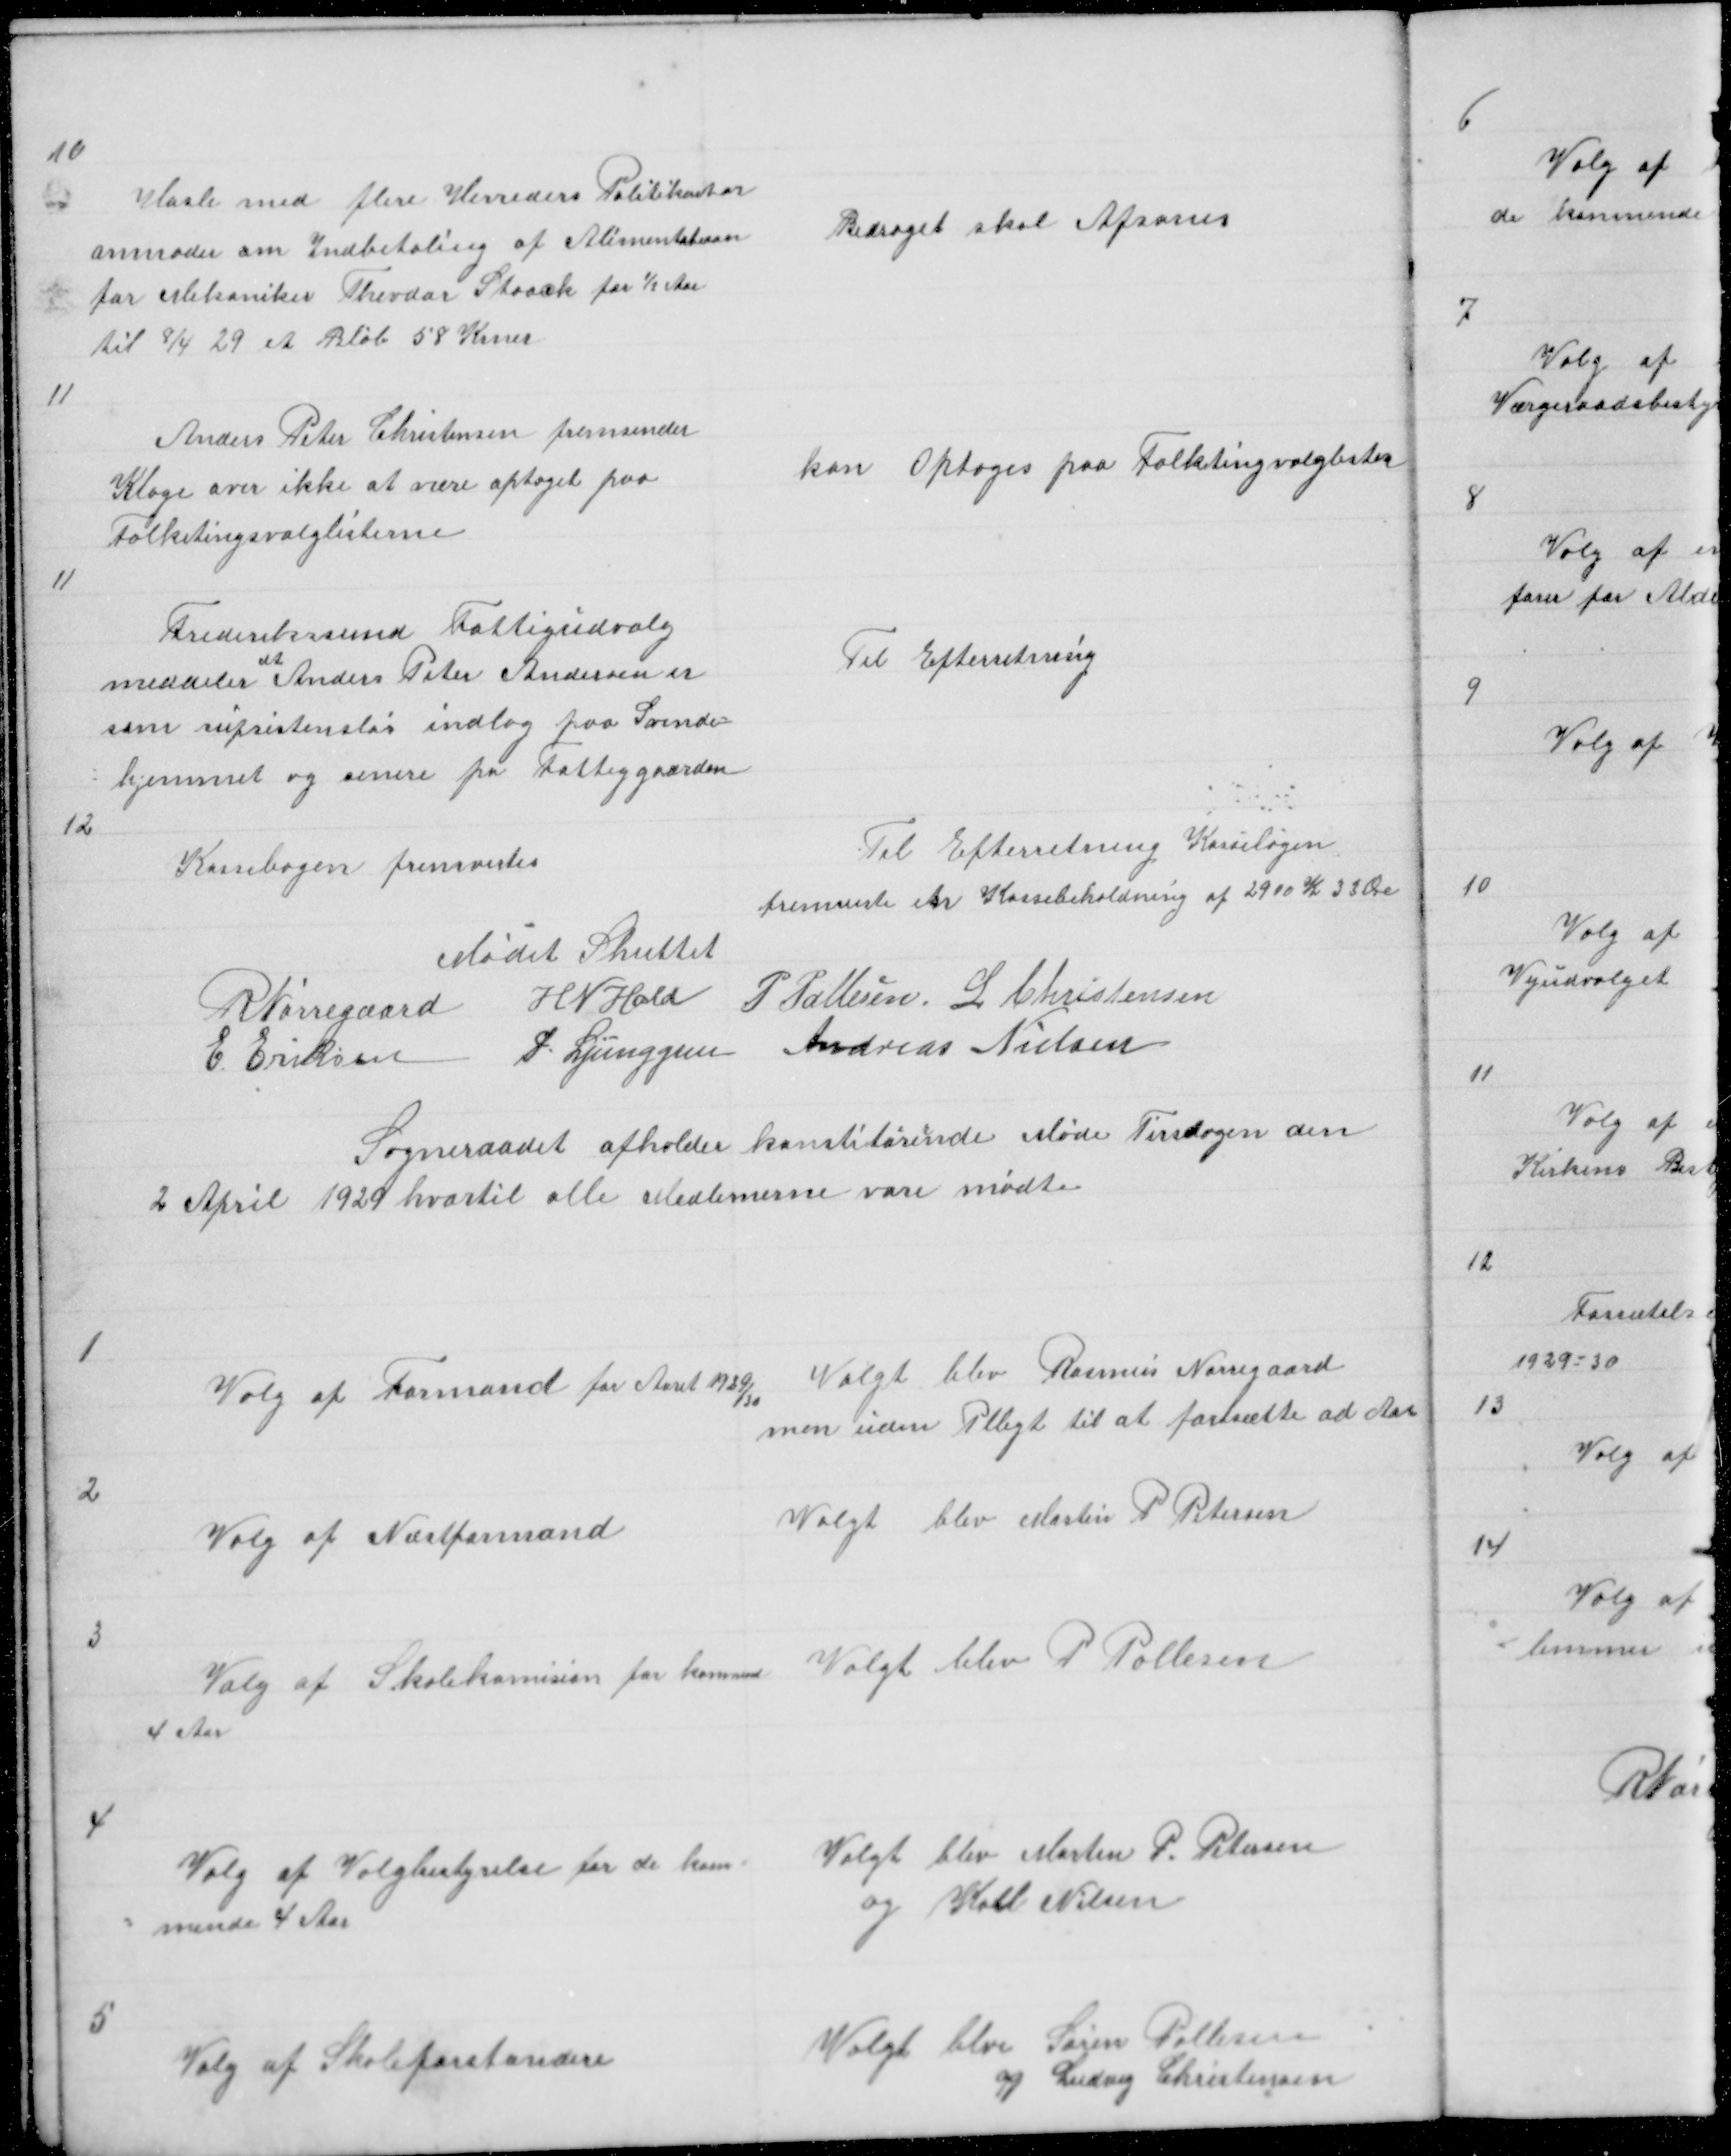
Transskription:
10

Hasle med flere Herreders Politikontor
anmoder om Indbetaling af Alimentation
for Mekaniker Tevdor Staack for ½ Aar
til 8/4 29 et Beløb  58 Krner

Bidraget skal Afsones

11

Anders Peter Christensen fremsender
Klage over ikke at være optaget paa
Folketingsvalglisterne

kan Optages paa Folketingsvalglisten

11

Frederiksund Fattigudvalg
meddeler at Anders Peter Andersen er
som Supsistensløs indlag paa Svende =
= hjemmet og senere pa Fattiggaarden

Til Efterretning

12

Kassebogen fremvistes

Til Efterretning Kassebogen
fremviste en Kassebeholdning af 2900 K 33 Øre

Mødet Sluttet
R Nørregaard H N Hald
E Eriksen P Ljunggren

P Pallesen L Christensen
Andreas Nielsen

Sogneraadet afholder konstitorernde Møde Tirsdagen den
2 April 1929 hvortil alle Medlemerne vare mødte

1

Valg af Formand for 1929/30

Valgt blev Rasmus Nørregaard
men uden Plligt til at fortsætte ad Aar

2

Valg af Næstformand

Valgt blev Martin P Petersen

3

Valg af Skolekomision for kommende
4 Aar

Valgt blev P Pallesen

4

Valg af Valgbestyrelse for de kom =
= mende 4 Aar

Valgt blev Martin P Petersen
og Karl Nielsen

5

Valg af Skoleforstandere

Valgt blev Søren Pallesen
og Ludvig Christensen